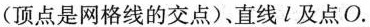
(顶点是网格线的交点)，直线l及点O.